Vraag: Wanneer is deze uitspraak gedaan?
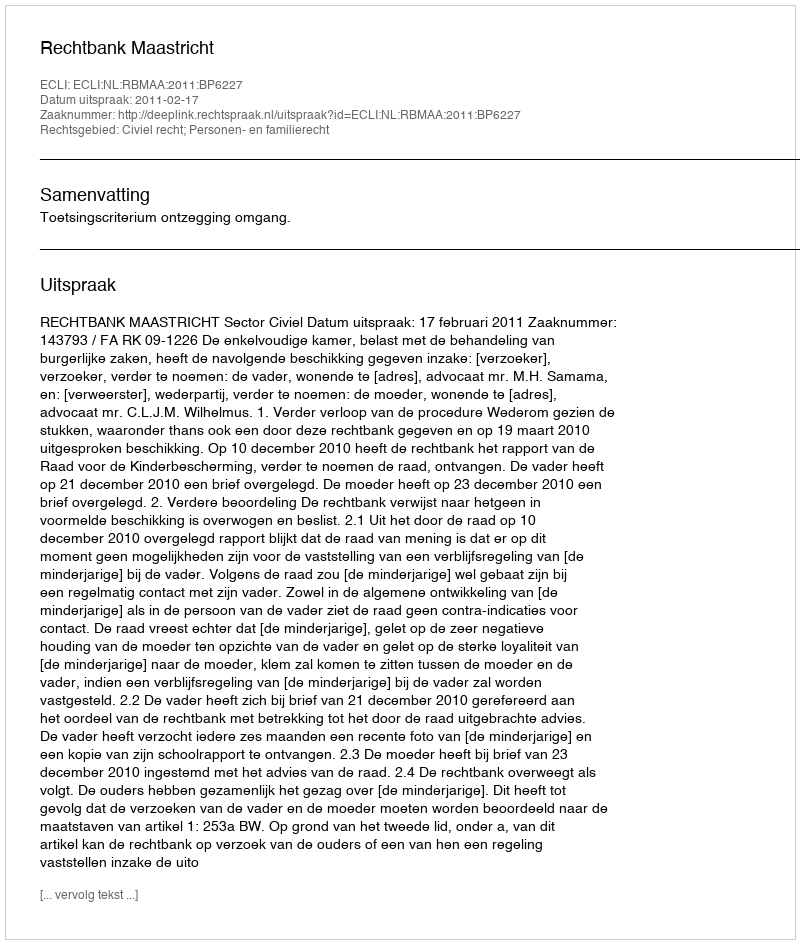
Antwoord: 2011-02-17